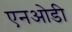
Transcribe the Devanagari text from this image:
एनओडी